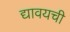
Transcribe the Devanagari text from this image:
द्यावयची